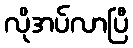
လိုအပ်လာပြီ